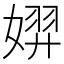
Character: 𫱐